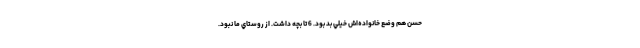
حسن هم وضع خانواده‌اش خيلي بد بود. 6 تا بچه داشت. از روستاي ما نبود.